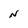
Character: N